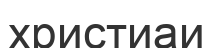
христиаи